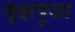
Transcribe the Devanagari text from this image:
वृक्षपूजा